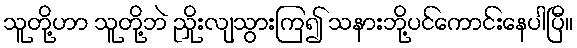
သူတို့ဟာ သူတို့ဘဲ ညှိုးလျသွားကြ၍ သနားဘို့ပင်ကောင်းနေပါပြီ။